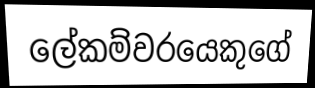
ලේකම්වරයෙකුගේ